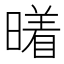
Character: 𰖭